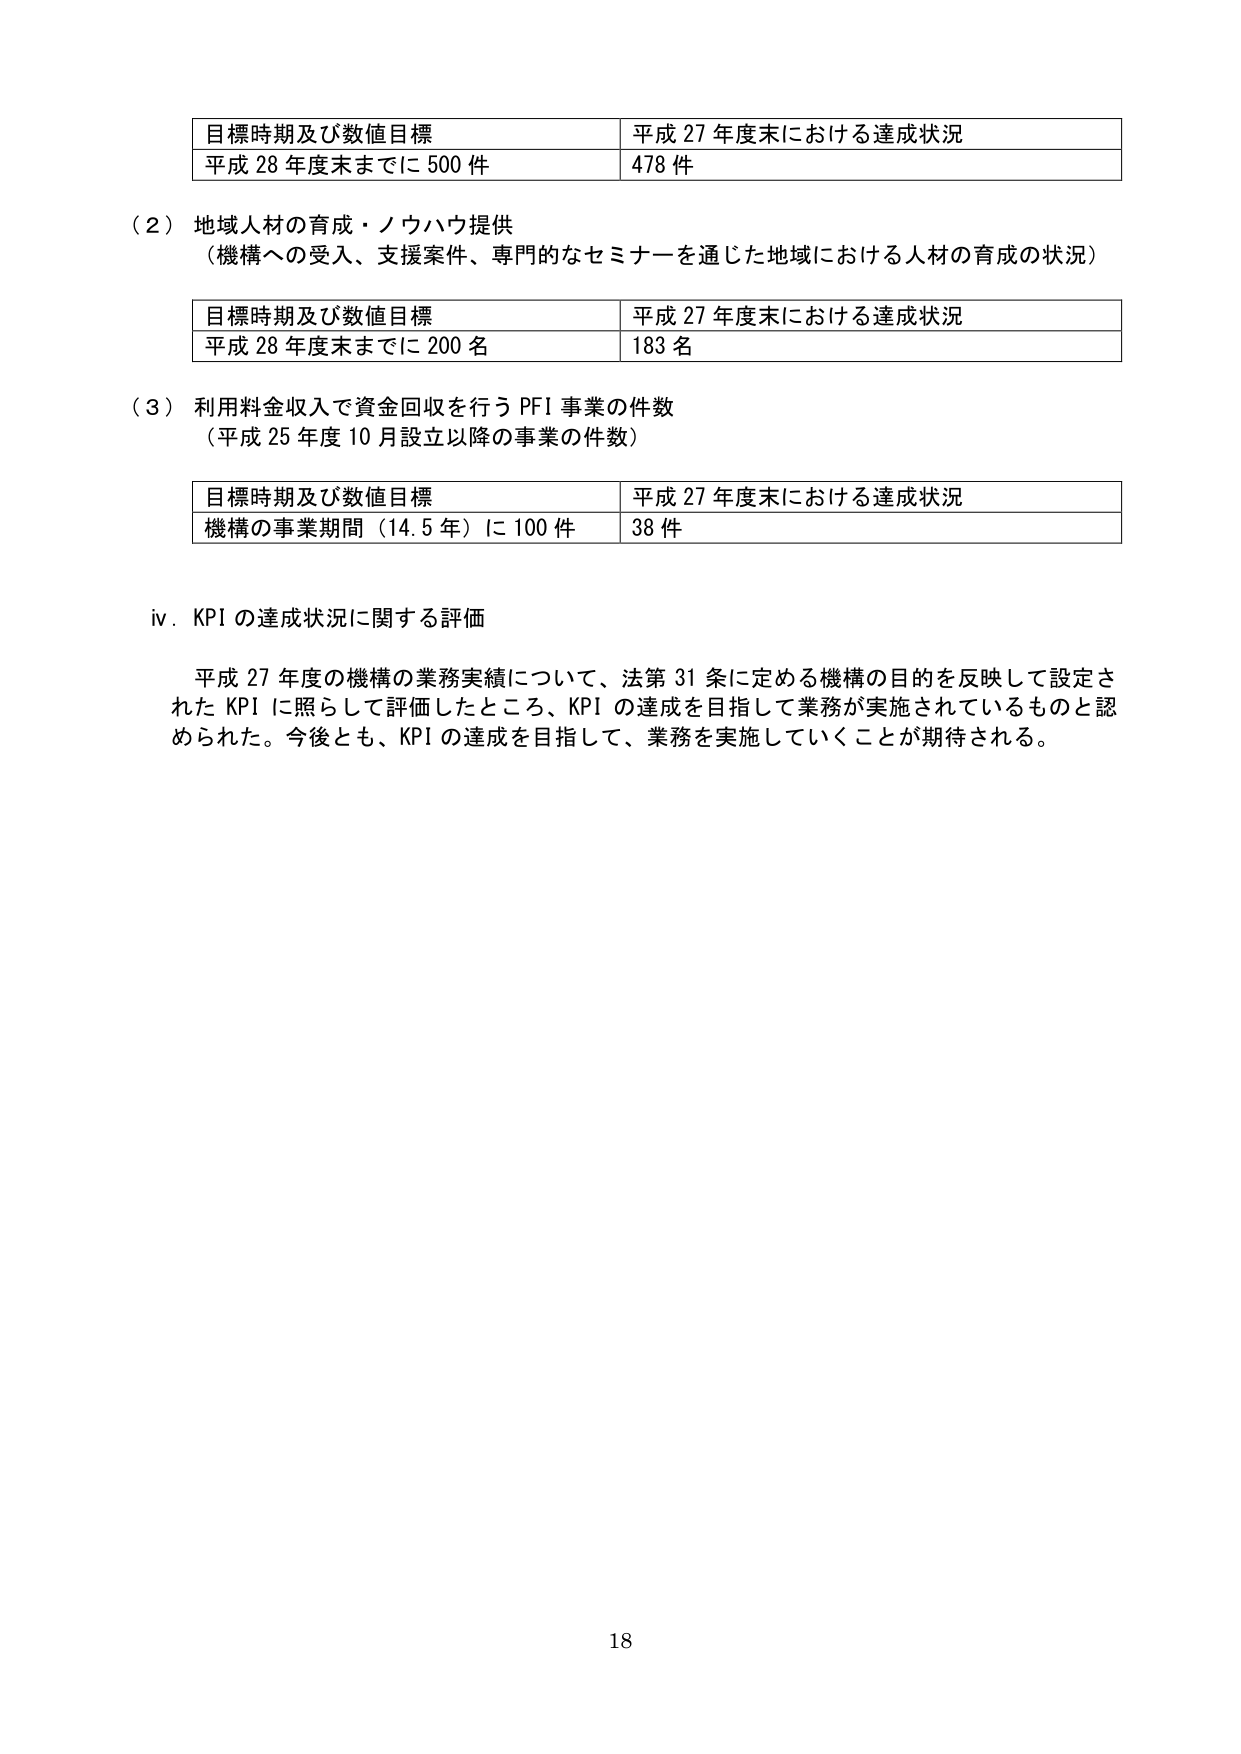
目標時期及び数値目標 平成 27 年度末における達成状況
平成 28 年度末までに 500 件 478 件

（2）地域人材の育成・ノウハウ提供
（機構への受入、支援案件、専門的なセミナーを通じた地域における人材の育成の状況）

目標時期及び数値目標 平成 27 年度末における達成状況
平成 28 年度末までに 200 名 183 名

（3）利用料金収入で資金回収を行う PFI 事業の件数
（平成 25 年度 10 月設立以降の事業の件数）

目標時期及び数値目標 平成 27 年度末における達成状況
機構の事業期間（14.5 年）に 100 件 38 件

iv．KPI の達成状況に関する評価

平成 27 年度の機構の業務実績について、法第 31 条に定める機構の目的を反映して設定された KPI に照らして評価したところ、KPI の達成を目指して業務が実施されているものと認められた。今後とも、KPI の達成を目指して、業務を実施していくことが期待される。

18